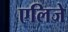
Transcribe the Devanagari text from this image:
एलिजे